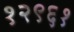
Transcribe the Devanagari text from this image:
१२९६१